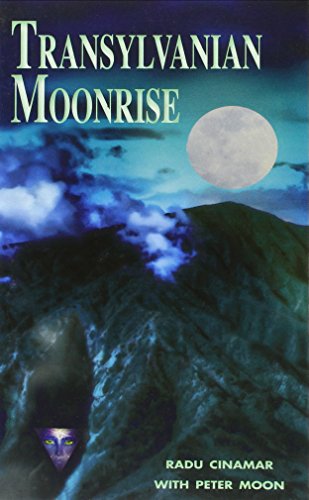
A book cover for Transylvanian Moonrise: A Secret Initiation in the Mysterious Land of the Gods; Radu Cinamar; Science & Math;